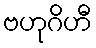
ဗဟုဂိဟီ